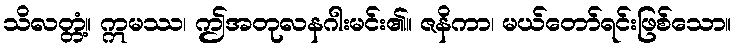
သိလတ္တံ့။ ဣမဿ၊ ဤအတုလနဂါးမင်း၏။ ဇနိကာ၊ မယ်တော်ရင်းဖြစ်သော။